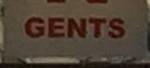
gents